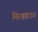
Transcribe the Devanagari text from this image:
निखारा।।